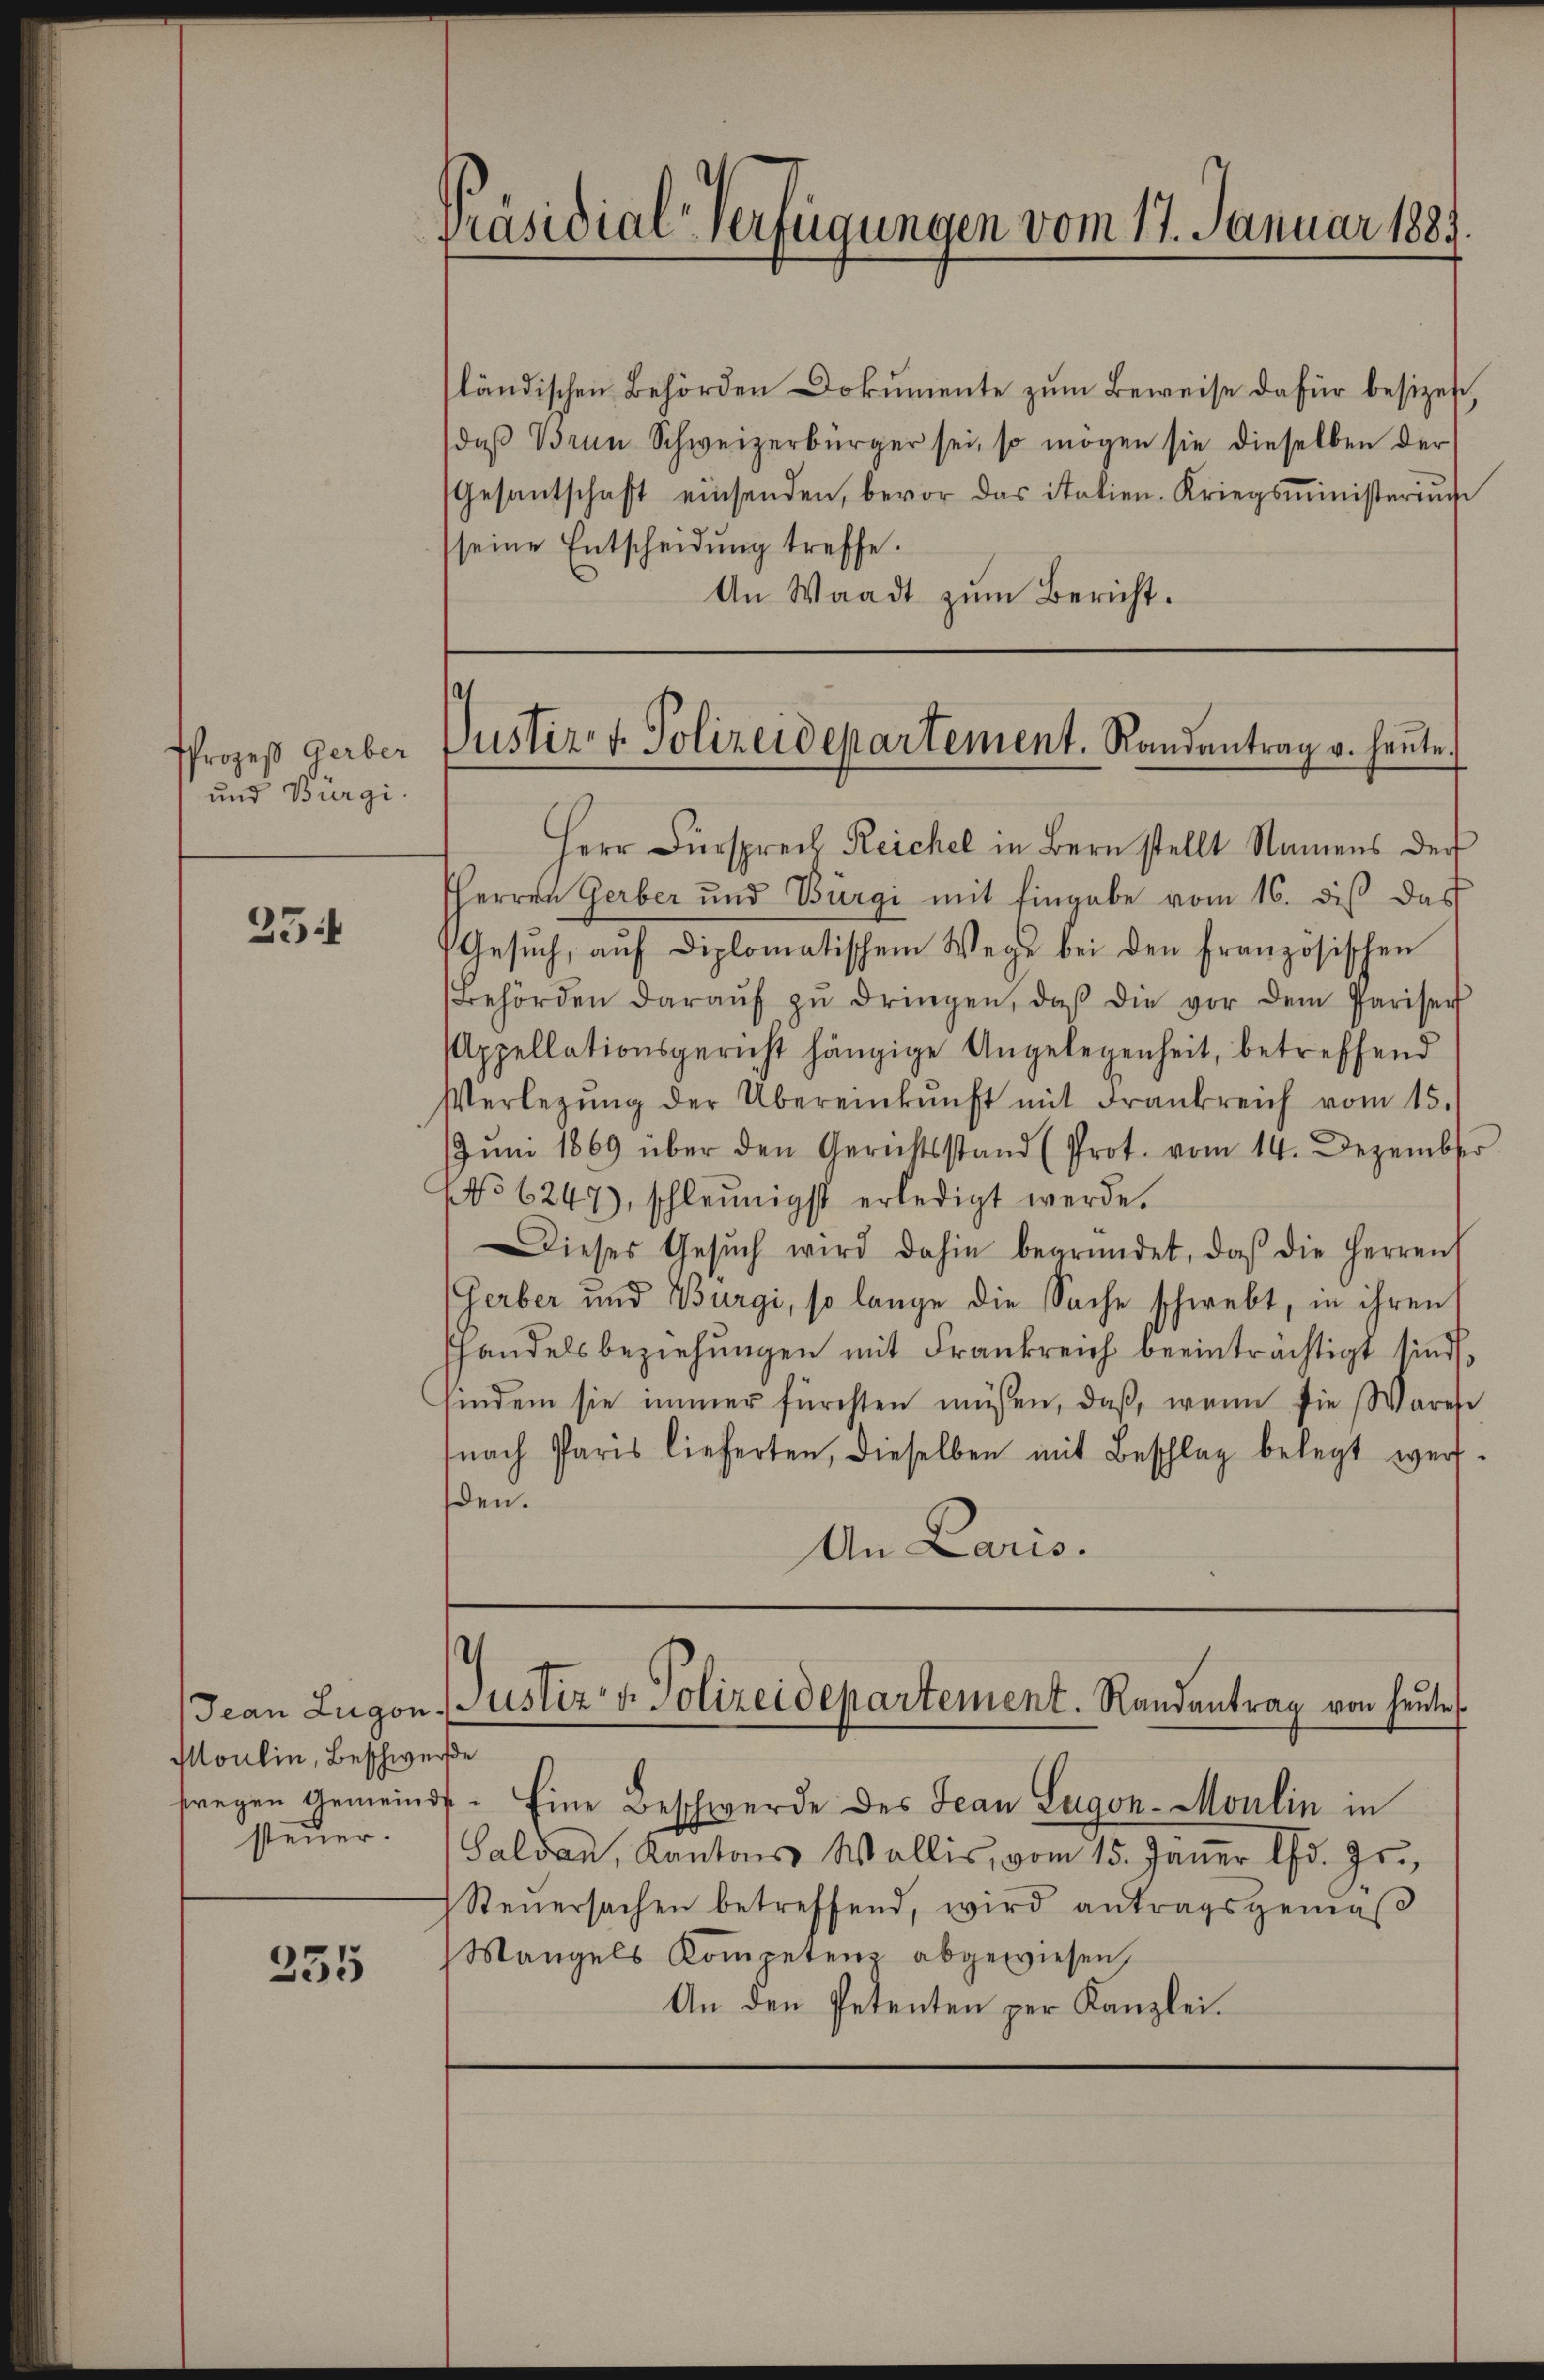
PProzeß Gerber
und Bürgi.

25

Herr Fürsprech Reichel in Bern stellt Namens der
HHerren Gerber und Bürgi mit Eingabe vom 16. diβ das
Gesŭch, aŭf diplomatischem Wege bei den Französischen
Behörden daraŭf zŭ dringen, daβ die vor dem Pariser
Appellationsgericht hängige Angelegenheit, betreffend
Verlegŭng der Übereinkunft mit Frankreich vom 15.
Jŭni 1869 über den Gerichtsstand (Prot. vom 14. Dezember
No 6247), schleunigst erledigt werde.
Dieses Gesŭch wird dahin begründet, daß die Herren
Gerber und Burgi, so lange die Sache schwebt, in ihren
handelsbeziehungen mit Frankreich beeinträchtigt sind,
sindem sie immer fürchten müssen, daβ, wenn die Ware
nach Paris lieferten, dieselben mit Beschlag belegt wer-
den.
An Laris.
.

Moulin, Beschwere
steuer.

235

Präsidial-Verfügungen vom 17. Januar 1881

ländischen Behörden Dokumente zum Beweise dafür besizet,
daβ Brun Schweizerbürger sei, so mögen sie dieselben der
Gesantschaft einsenden, bevor das italien-Kriegsministeriu
seine Entscheidung treffe.
An Waadt zum Bericht.

Justiz- u. Polizeidepartement. Randantrag v. heute.

Jean Lugon Justiz- & Polizeidepartement. Randantrag von heute

fregen Gemeinde. Eine Beschwerde des Jean Lugon-Moulin in
Galdau, Kantons Wallis, vom 15. Janer d. Js.,
Steŭersachen betreffend, wird antragsgemäβ
Mangels Kompetenz abgewiesen,
An den Petenten per Kanzlei.